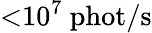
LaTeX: {<}10^{7}\ \mathrm{phot}/\mathrm{s}